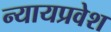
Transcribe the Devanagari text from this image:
न्यायप्रवेश